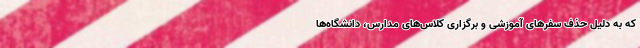
که به دلیل حذف سفرهای آموزشی و برگزاری کلاس‌های مدارس، دانشگاه‌ها